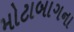
મોટાબાગના